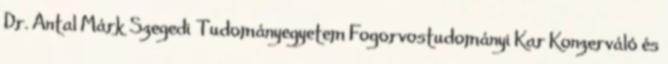
Dr. Antal Márk Szegedi Tudományegyetem Fogorvostudományi Kar Konzerváló és